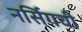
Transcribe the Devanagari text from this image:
नर्सिगची